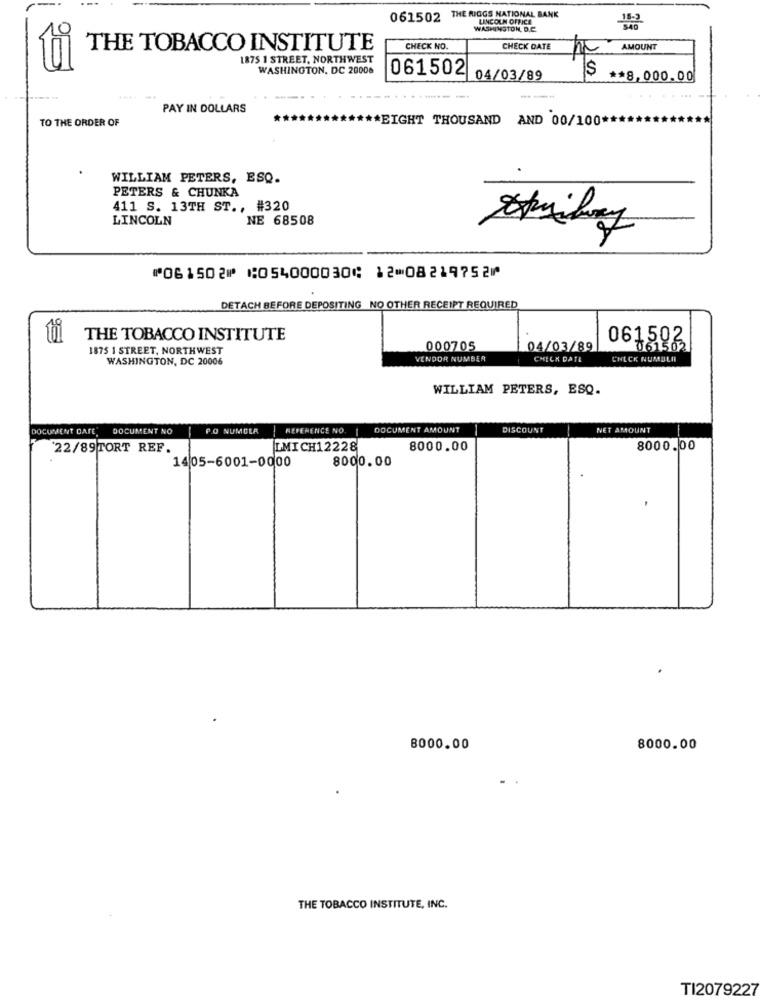
061502 THE RIGGS NATIONAL BANK
LINCOLN OFFICE
WASHINGTON, D.C.
THE TOBACCO INSTITUTE
CHECK NO.
CHECK DATE
AMOUNT
1875 1 STREET, NORTHWEST
WASHINGTON, DC 20006
061502
$
04/03/89
** 8,000.00
....
-----
---
PAY IN DOLLARS
TO THE ORDER OF
*EIGHT THOUSAND AND 00/100 **
WILLIAM PETERS, ESQ.
PETERS & CHUNKA
411 S. 13TH ST ., #320
LINCOLN
NE 68508
7
⑈061502⑈ ⑆054000030⑆ 12⑉08219752⑈
DETACH BEFORE DEPOSITING NO OTHER RECEIPT REQUIRED
THE TOBACCO INSTITUTE
061502
1875 1 STREET, NORTHWEST
000705
04/03/89
061502
WASHINGTON, DC 20006
VENDOR NUMBER
CHECK DATE
CHECK NUMBER
WILLIAM PETERS, ESQ.
DOCUMENT DATE
DOCUMENT NO
P.O NUMULA
REFERENCE NO. 1
DOCUMENT AMOUNT
DISCOUNT
NET AMOUNT
22/89TORT REF.
LMICH12228
8000.00
8000.00
1405-6001-0000
8000.00
8000.00
8000.00
THE TOBACCO INSTITUTE, INC.
TI2079227